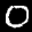
Label: 0